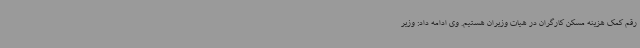
رقم کمک هزینه مسکن کارگران در هیات وزیران هستیم. وی ادامه داد: وزیر